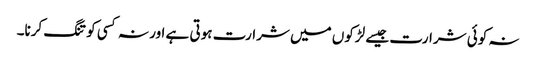
نہ کوئی شرارت جیسے لڑکوں میں شرارت ہوتی ہے اور نہ کسی کو تنگ کرنا۔